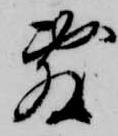
敷